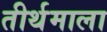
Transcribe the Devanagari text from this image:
तीर्थमाला